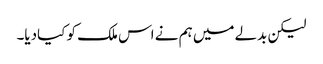
لیکن بدلے میں ہم نے اس ملک کو کیادیا۔